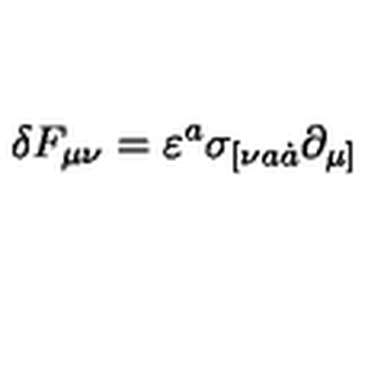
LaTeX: \delta F _ { \mu \nu } = \varepsilon ^ { a } \sigma _ { [ \nu a \dot { a } } \partial _ { \mu ] }